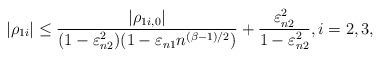
LaTeX: \begin{align*}|\rho_{1i}| \leq\frac{|\rho_{1i,0}|}{(1-\varepsilon_{n2}^2)(1-\varepsilon_{n1}n^{(\beta-1)/2})} +\frac{\varepsilon_{n2}^2}{1-\varepsilon_{n2}^2},i=2,3,\end{align*}